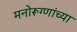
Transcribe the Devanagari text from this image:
मनोरूग्णांच्या